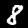
Label: 8